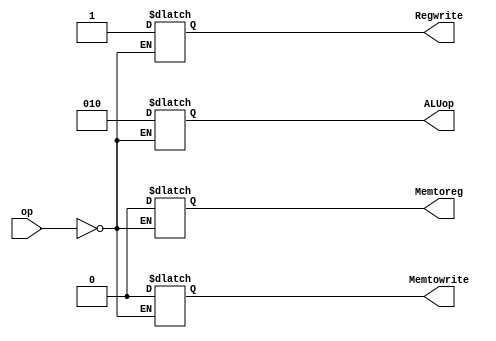
`timescale 1ns/1ns

module UDC(
     input [5:0]op,
	 output reg Memtoreg,
	 output reg Memtowrite,
	 output reg[2:0]ALUop,
	 output reg Regwrite
);

always @*
begin
     case(op)
	     6'b000000: 
		 begin
		     Memtoreg =0;
			 Memtowrite =0;
			 Regwrite = 1;
			 ALUop = 3'b010;
		 end

     endcase
		 
end

endmodule